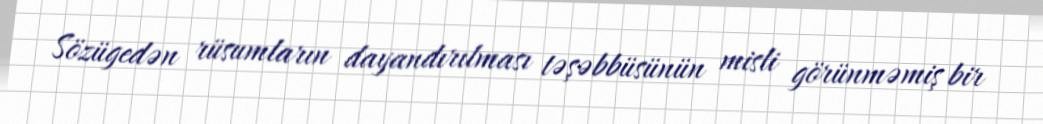
Sözügedən rüsumların dayandırılması təşəbbüsünün misli görünməmiş bir